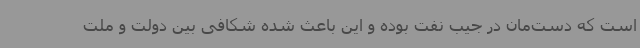
است که دست‌مان در جیب نفت بوده و این باعث شده شکافی بین دولت و ملت